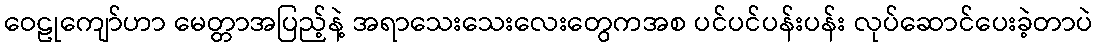
ဝေဠုကျော်ဟာ မေတ္တာအပြည့်နဲ့ အရာသေးသေးလေးတွေကအစ ပင်ပင်ပန်းပန်း လုပ်ဆောင်ပေးခဲ့တာပဲ